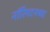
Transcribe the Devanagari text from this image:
नॉरिंगटनच्या